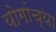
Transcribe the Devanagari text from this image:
योगांच्या